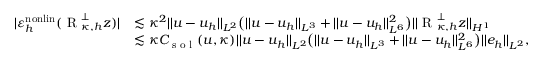
\begin{array} { r l } { | \varepsilon _ { h } ^ { \mathrm { n o n l i n } } ( \textup { R } _ { \kappa , h } ^ { \perp } z ) | } & { \lesssim \kappa ^ { 2 } \lvert | u - u _ { h } \rvert | _ { L ^ { 2 } } \bigl ( \lvert | u - u _ { h } \rvert | _ { L ^ { 3 } } + \lvert | u - u _ { h } \rvert | _ { L ^ { 6 } } ^ { 2 } \bigr ) \lvert | \textup { R } _ { \kappa , h } ^ { \perp } z \rvert | _ { H ^ { 1 } } } \\ & { \lesssim \kappa C _ { \textup { s o l } } ( u , \kappa ) \lvert | u - u _ { h } \rvert | _ { L ^ { 2 } } \bigl ( \lvert | u - u _ { h } \rvert | _ { L ^ { 3 } } + \lvert | u - u _ { h } \rvert | _ { L ^ { 6 } } ^ { 2 } \bigr ) \lvert | e _ { h } \rvert | _ { L ^ { 2 } } , } \end{array}